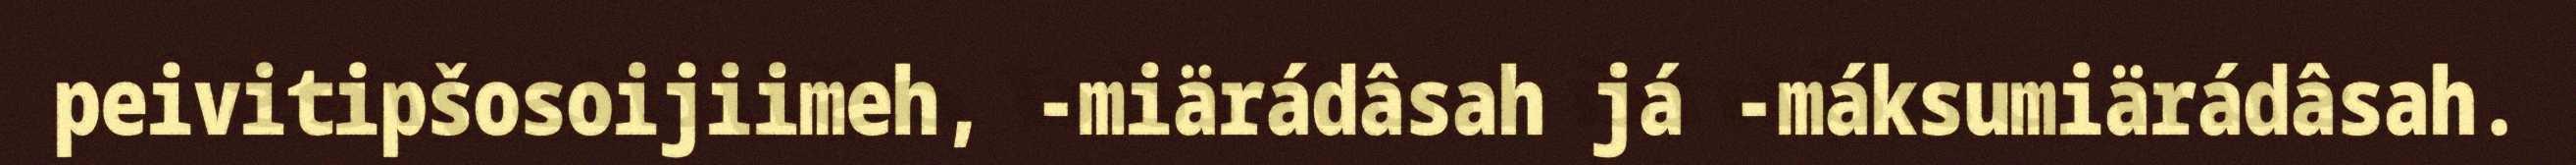
peivitipšosoijiimeh, -miärádâsah já -máksumiärádâsah.